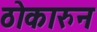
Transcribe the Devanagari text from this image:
ठोकारुन